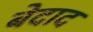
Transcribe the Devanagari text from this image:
बेदाद